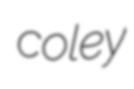
coley